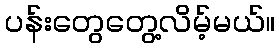
ပန်းတွေတွေ့လိမ့်မယ်။